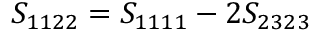
S _ { 1 1 2 2 } = S _ { 1 1 1 1 } - 2 S _ { 2 3 2 3 }